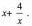
$$x+ \frac{4}{x}$$.